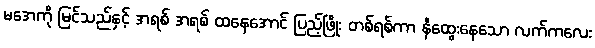
မအေကို မြင်သည်နှင့် အရစ် အရစ် ထနေအောင် ပြည့်ဖြိုး တစ်ရစ်ကာ နီထွေးနေသော လက်ကလေး